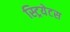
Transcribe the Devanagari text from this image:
स्ट्रियेटस